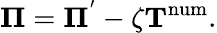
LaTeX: \mathbf\Pi=\mathbf\Pi^{'}-\zeta\mathbf T^{\mathrm{num}}.